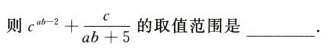
则 c^{ab-2}+ \frac{c}{ab+5}的取值范围是___.